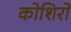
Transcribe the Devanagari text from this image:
कोशिरो